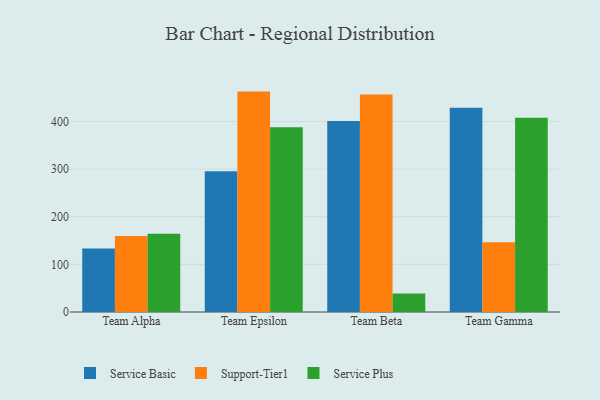
{"axis": {"x": "Team", "y": "Waste Production (Tons)"}, "legend": ["Service Basic", "Service Plus", "Support-Tier1"], "data": [{"x": "Team Alpha", "y": 133.4, "type": "Service Basic"}, {"x": "Team Alpha", "y": 159.6, "type": "Support-Tier1"}, {"x": "Team Alpha", "y": 164.2, "type": "Service Plus"}, {"x": "Team Epsilon", "y": 295.4, "type": "Service Basic"}, {"x": "Team Epsilon", "y": 462.7, "type": "Support-Tier1"}, {"x": "Team Epsilon", "y": 387.9, "type": "Service Plus"}, {"x": "Team Beta", "y": 401.2, "type": "Service Basic"}, {"x": "Team Beta", "y": 456.6, "type": "Support-Tier1"}, {"x": "Team Beta", "y": 38.6, "type": "Service Plus"}, {"x": "Team Gamma", "y": 428.6, "type": "Service Basic"}, {"x": "Team Gamma", "y": 146.4, "type": "Support-Tier1"}, {"x": "Team Gamma", "y": 407.8, "type": "Service Plus"}]}